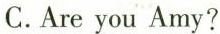
C.Are you Amy?